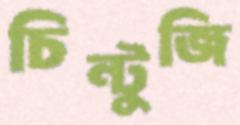
চিন্টুজি